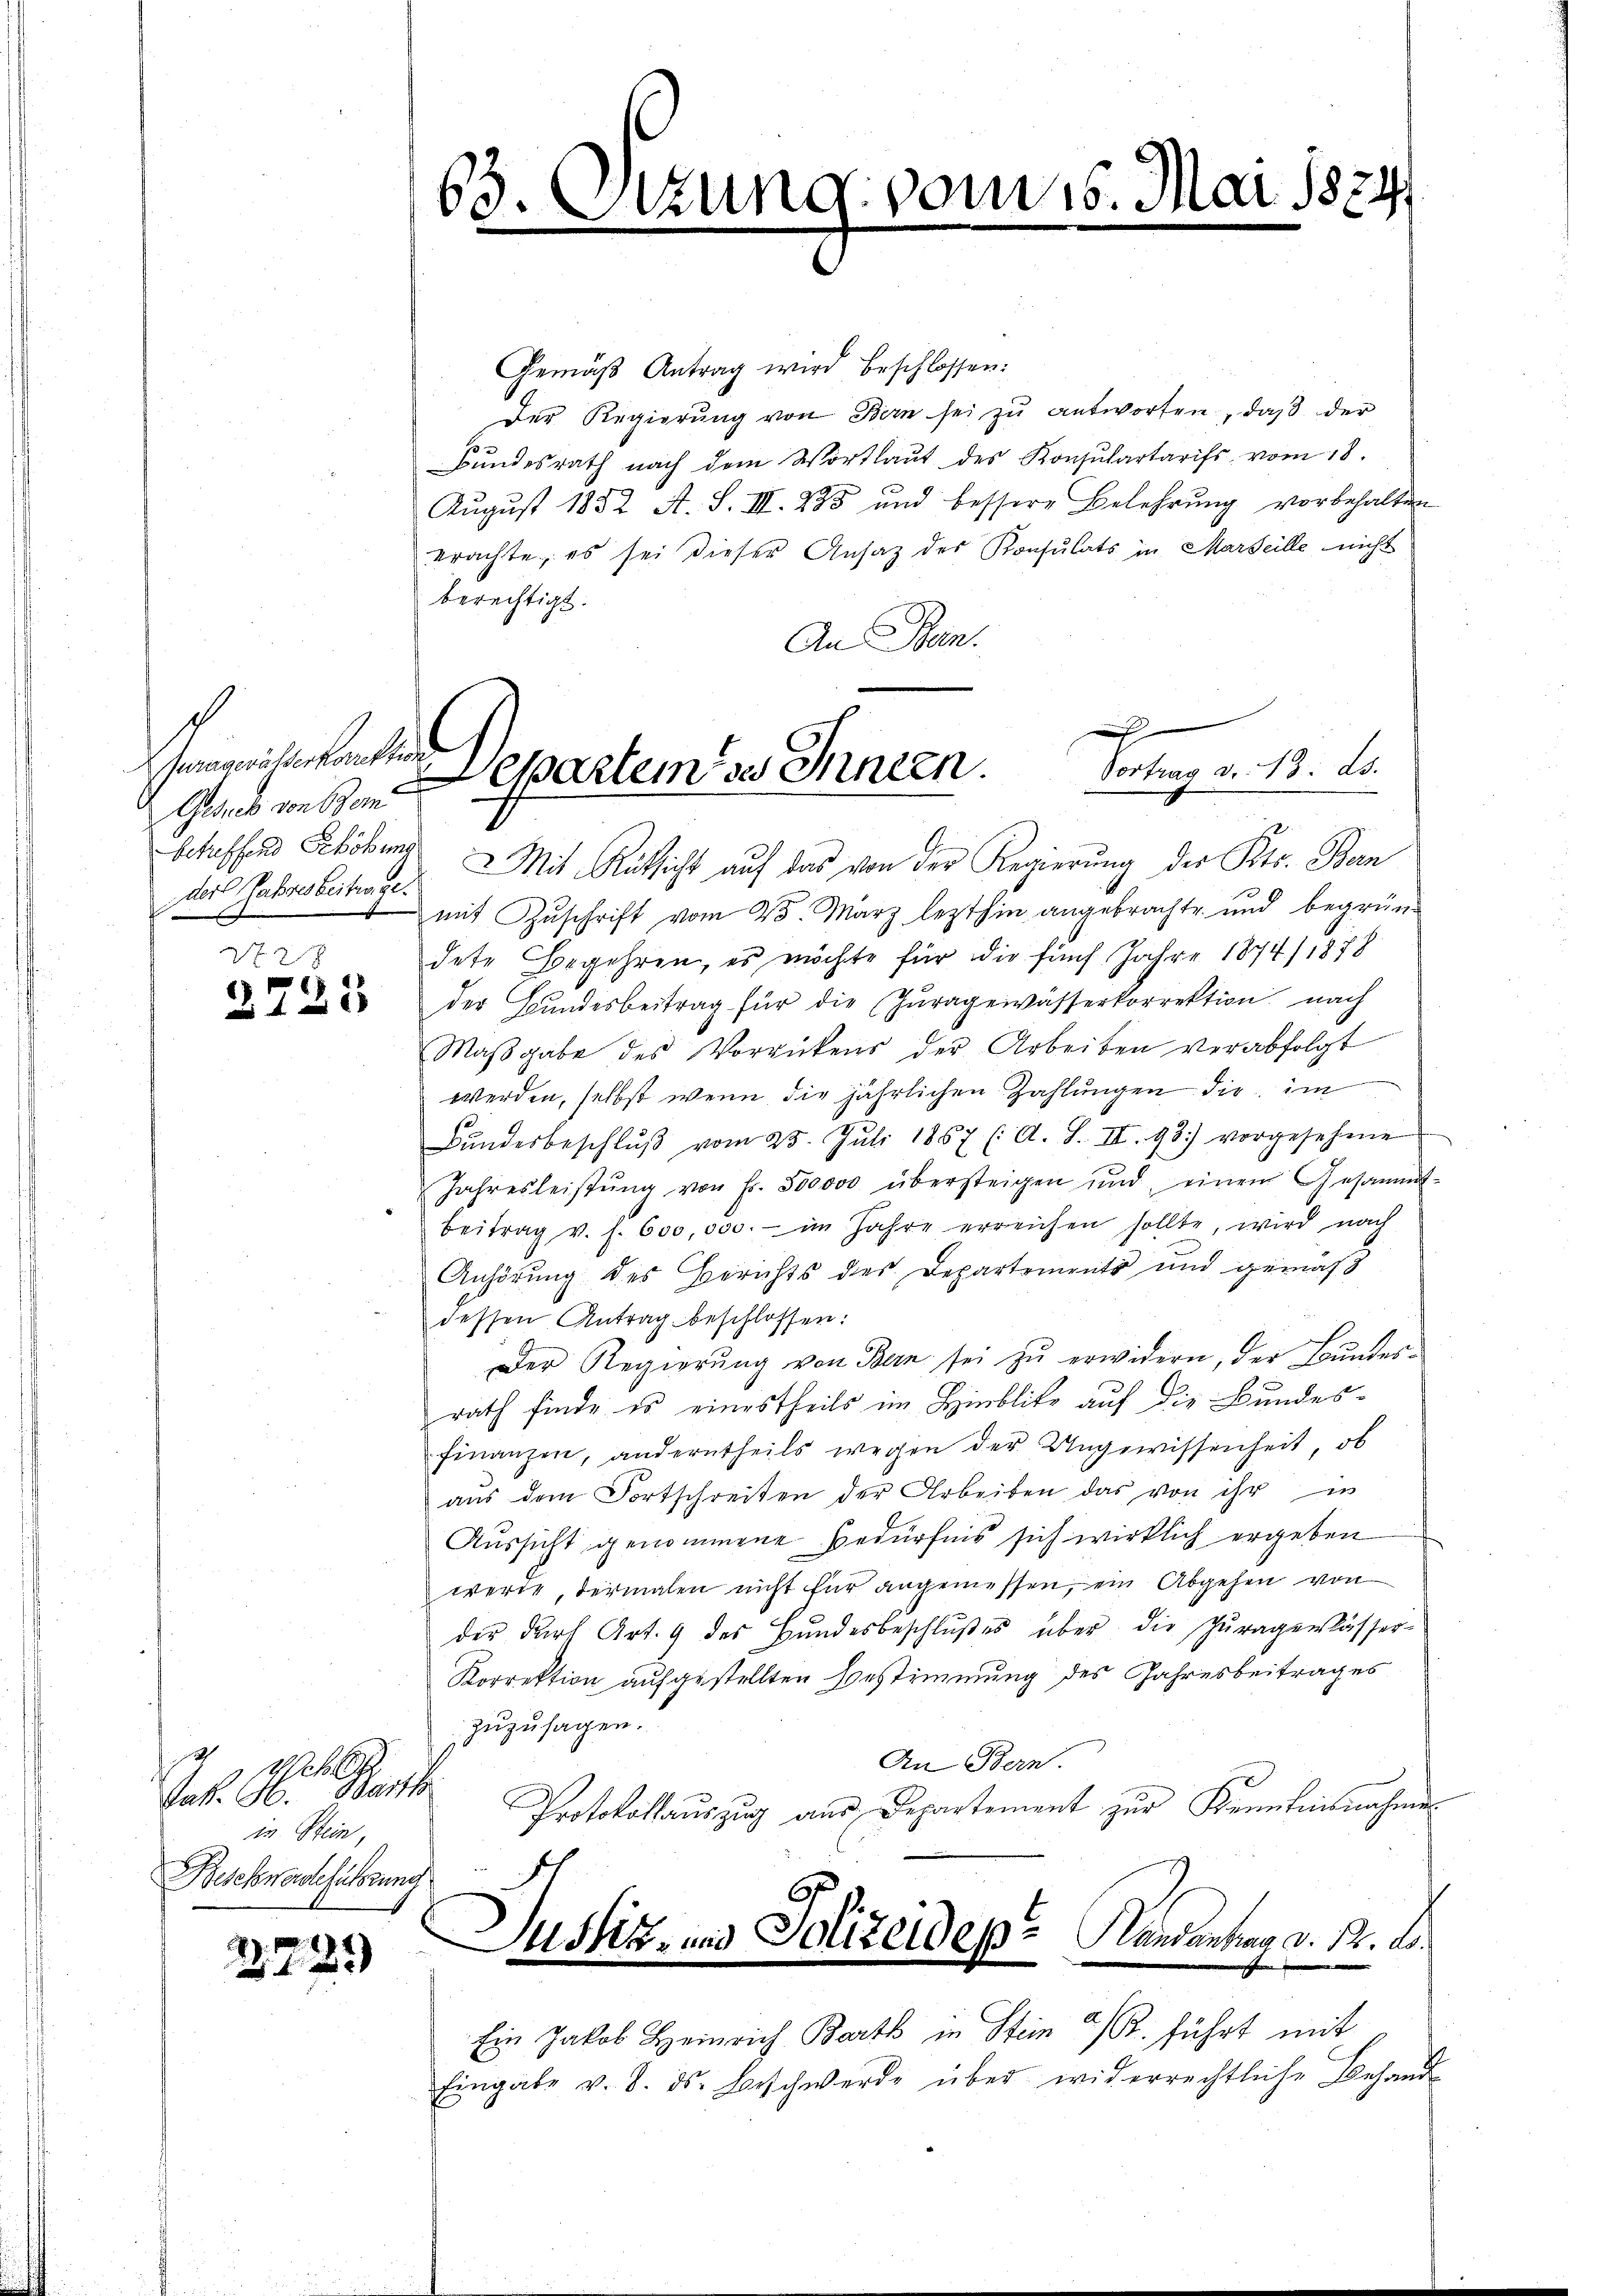
haegerichenkontin
Adres von Bem
der Jahresbeitunge.
28

1)

G. B.
Jak. H. Barth
in Stein,
Beschwerdeführung

63 Sizung vom 15. Mai 1824.

Gemäß Antrag wird beschlossen:
Der Regierŭng von Bern sei zu antworten, daß der
Bundesrath nach dem Wortlaut des Konsulartarifs, vom 18.
August 1852 A. S. III. 285 und bessere Belehrung vorbehalten
prachte, es sei dieser Ansaz des Konsulats in Marseille nicht
berechtigt.
An Bun
betreffend Erhöhung & Mit Rüksicht auf das von der Regierung des Kts. Bern
mit Zuschrift vom 25. März lezthin angebrachte und begründete Begehren, es möchte für die fünf Jahre 1874/1878
22 der Bŭndesbeitrag für die Zŭragewässerkorrektion nach
Maβgabe des Vorrückens der Arbeiten verabfolgt
werden, selbst wenn die jährlichen Zahlungen die im
Bunderbeschlŭβ vom 25. Jŭli 1857 (A. S. III. 93) vorgesehene
Jahresleistŭng von Fr. 500000 übersteigen und einen Gesammt-
Beitrag v. h. 600,000.- im Jahre erreichen sollte, wird nach
Anhörung des Berichts des Departements und gemäß
dessen Antrag beschlossen:
Der Regierŭng von Bern sei zŭ erwidern, der Bŭndes-
rath finde es einestheils im Hinblika auf die Bundesfinanzen, anderntheils wegen der Ungewissenheit, ob
aus dem Fortschreiten der Arbeiten das von ihr in
Aussicht genommene Bedürfnis sich wirklich ergeben
werde, dermalen nicht für angemessen, ein Abgehen von
der durch Art. 9 des Bundesbeschlŭβes über die Tŭragerlässer-
Korrektion aufgestellten Bestimmung des Jahresbeitrages
zuzusagen.
An Bern.
Protokollauszug aus Departement zur Kenntnisnahme
r Justiz- und Polizeides Handantrag d. 12. ds.
Ein Jakob Heinrich Barth in Stein 2 R. führt mit
Eingabe v. 8. ds. Beschwerde über widerrechtliche Behand-

Verung d. M. das
Separtem des Innen.